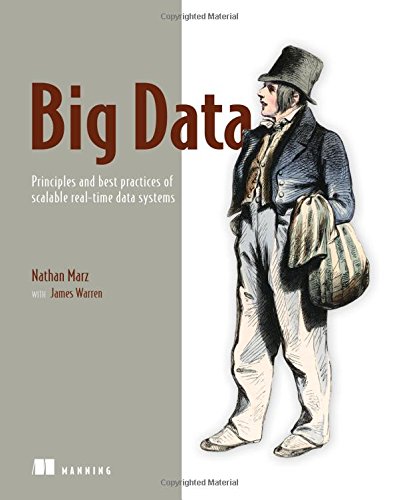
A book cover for Big Data: Principles and best practices of scalable realtime data systems; Nathan Marz; Computers & Technology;